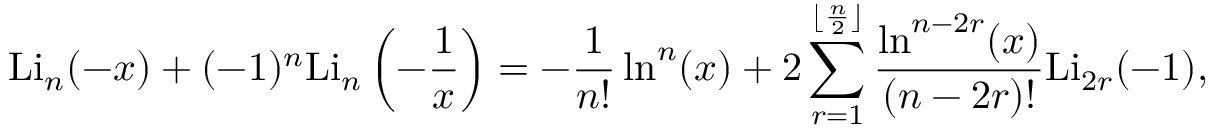
\mathrm { L i } _ { n } ( - x ) + ( - 1 ) ^ { n } \mathrm { L i } _ { n } \left( - \frac { 1 } { x } \right) = - \frac { 1 } { n ! } \ln ^ { n } ( x ) + 2 \sum _ { r = 1 } ^ { \lfloor \frac { n } { 2 } \rfloor } \frac { \ln ^ { n - 2 r } ( x ) } { ( n - 2 r ) ! } \mathrm { L i } _ { 2 r } ( - 1 ) ,